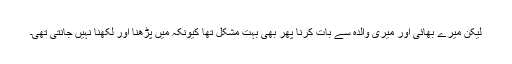
لیکن میرے بھائی اور میری والدہ سے بات کرنا پھر بھی بہت مشکل تھا کیونکہ میں پڑھنا اور لکھنا نہیں جانتی تھی۔